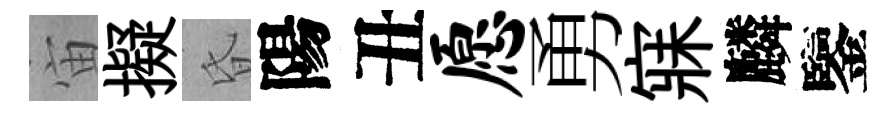
宙擬昏陽丑愿勇寐麟鑒